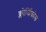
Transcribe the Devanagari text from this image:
क्लोर्प्य्रिफोस